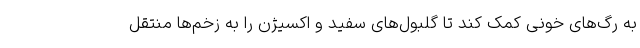
به رگ‌های خونی کمک کند تا گلبول‌های سفید و اکسیژن را به زخم‌ها منتقل